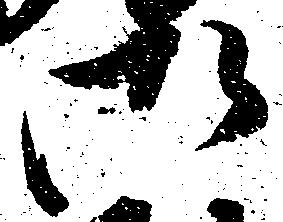
御